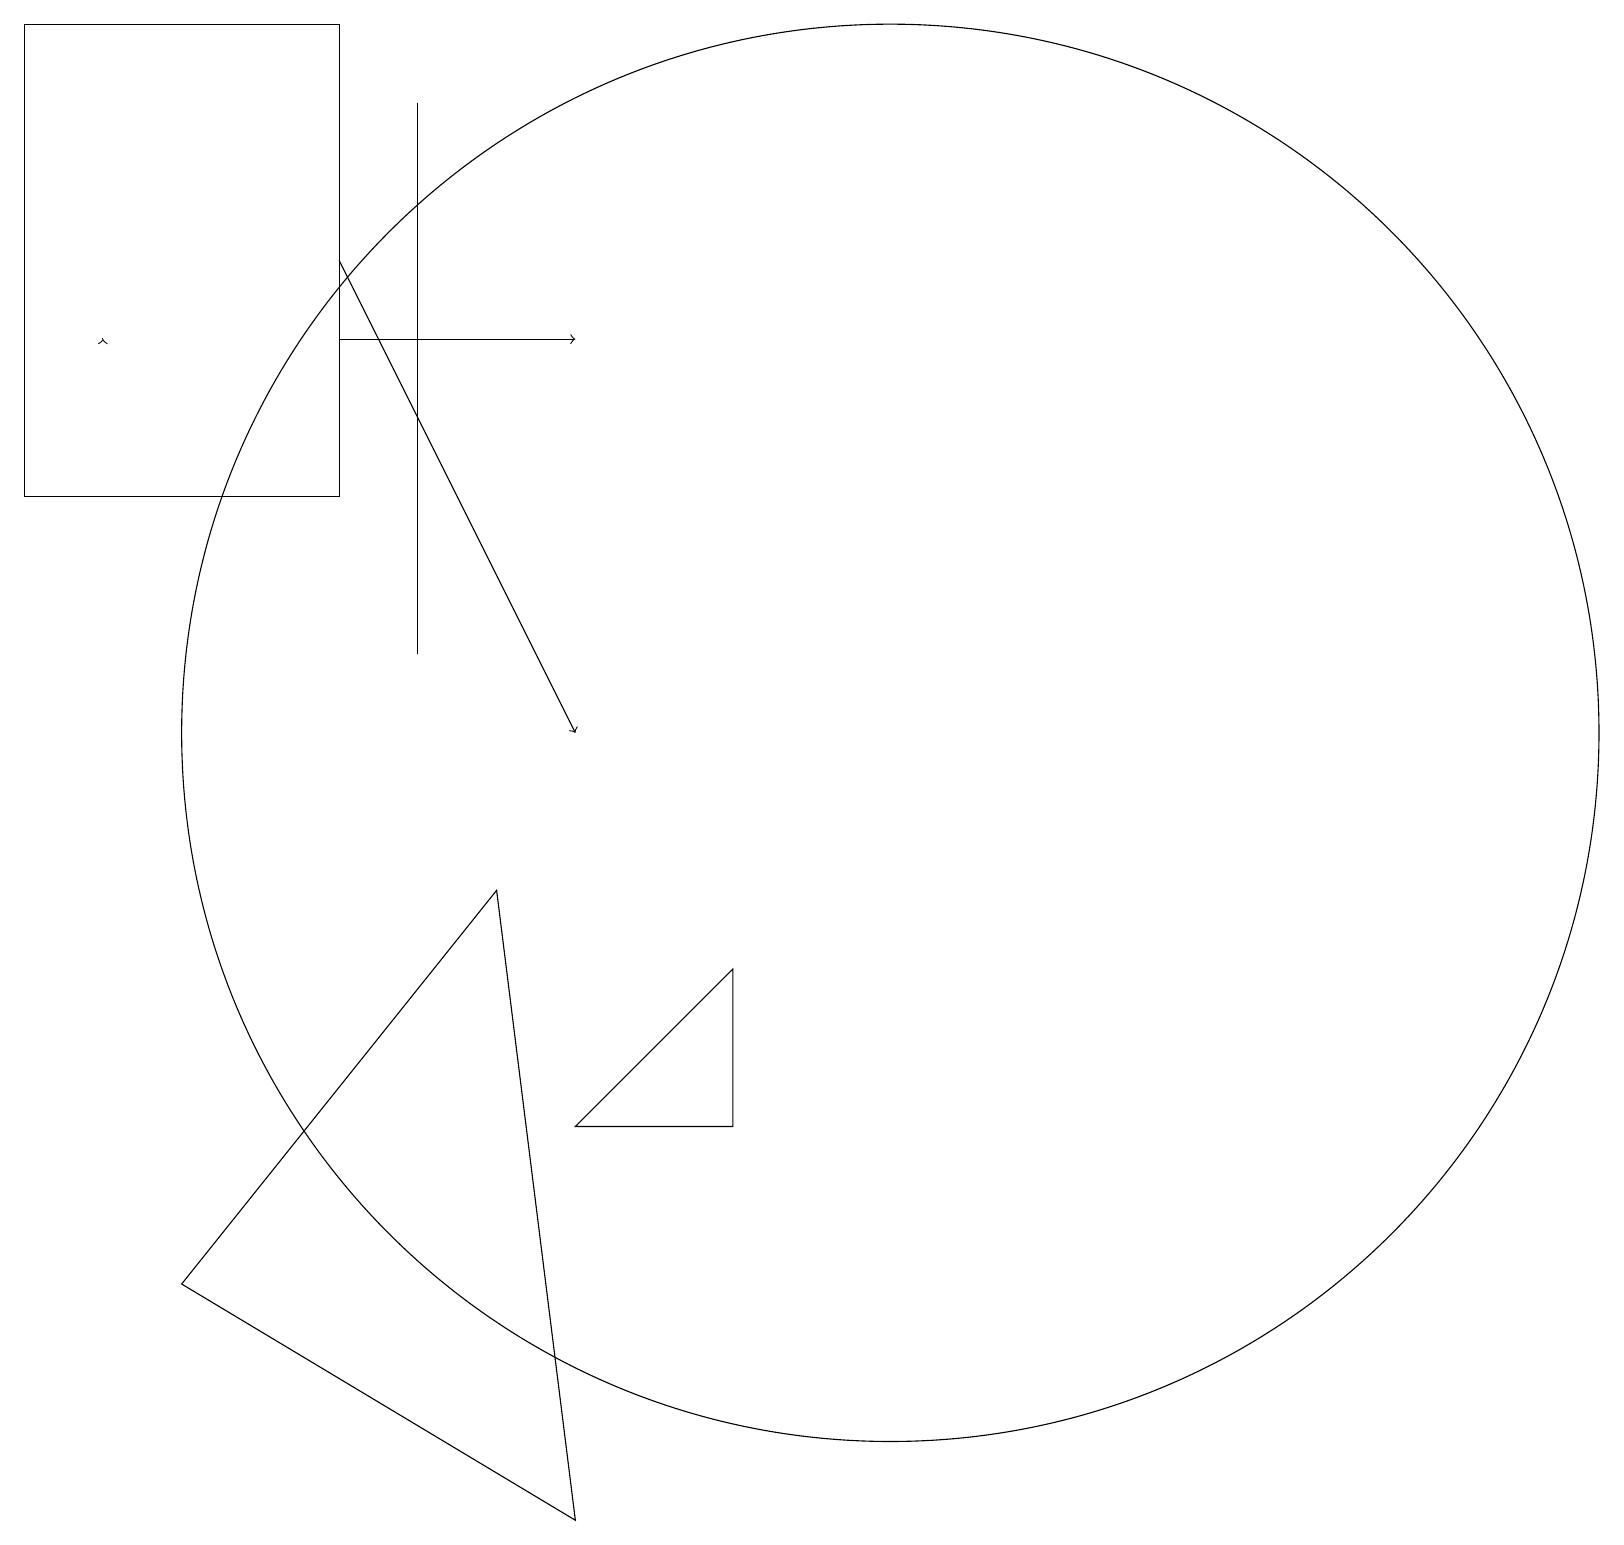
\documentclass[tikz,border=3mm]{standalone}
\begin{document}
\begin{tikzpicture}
\draw (0,13) rectangle (4,19);
\draw[->] (1,15) -- (1,15);
\draw (9,7) -- (7,5) -- (9,5) -- cycle;
\draw (6,8) -- (2,3) -- (7,0) -- cycle;
\draw[->] (4,15) -- (7,15);
\draw (11,10) circle (9);
\draw[->] (4,16) -- (7,10);
\draw (5,18) rectangle (5,11);
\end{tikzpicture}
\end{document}